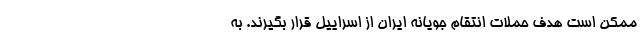
ممکن است هدف حملات انتقام جویانه ایران از اسراییل قرار بگیرند. به